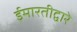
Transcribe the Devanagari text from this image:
ईमारतीद्वारे